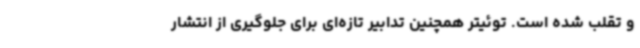
و تقلب شده است. توئیتر همچنین تدابیر تازه‌ای برای جلوگیری از انتشار